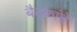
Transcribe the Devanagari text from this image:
बैठकांचे